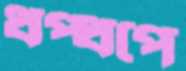
ধপ্‌ধপে